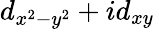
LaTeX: d_{x^{2}-y^{2}}+id_{xy}